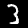
Label: 3